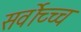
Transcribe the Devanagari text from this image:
सर्वोच्च्च